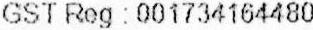
GST REG : 001734164480